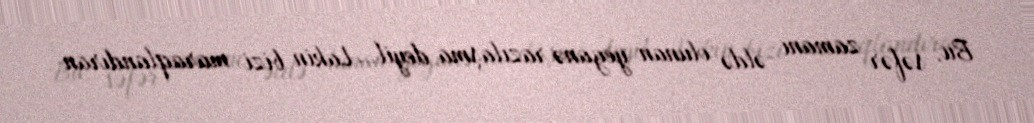
Bu, səfər zamanı əldə olunan yeganə razılaşma deyil… Lakin bizi maraqlandıran